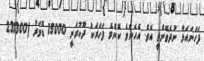
ފަހަނައަޅާ ނުދެވޭނެތީ އެވެ. އެހެންވެ ކޮންމެ ފަހަރަކު ދޫކުރަަނީ 15000 ޑޮލަރު (231300